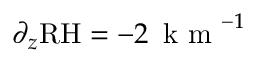
\partial _ { z } \mathrm { R H } = - 2 \, \mathrm { ~ k ~ m ~ } ^ { - 1 }